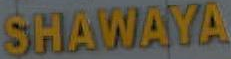
SHAWAYA